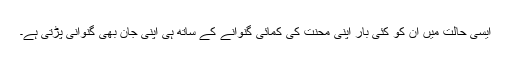
ایسی حالت میں اُن کو کئی بار اپنی محنت کی کمائی گنوانے کے ساتھ ہی اپنی جان بھی گنوانی پڑتی ہے۔